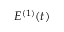
E ^ { ( 1 ) } ( t )